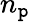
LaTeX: n_{\mathtt{p}}